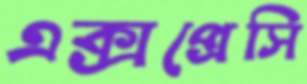
এক্সপ্রেসি